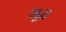
ગૂઢ